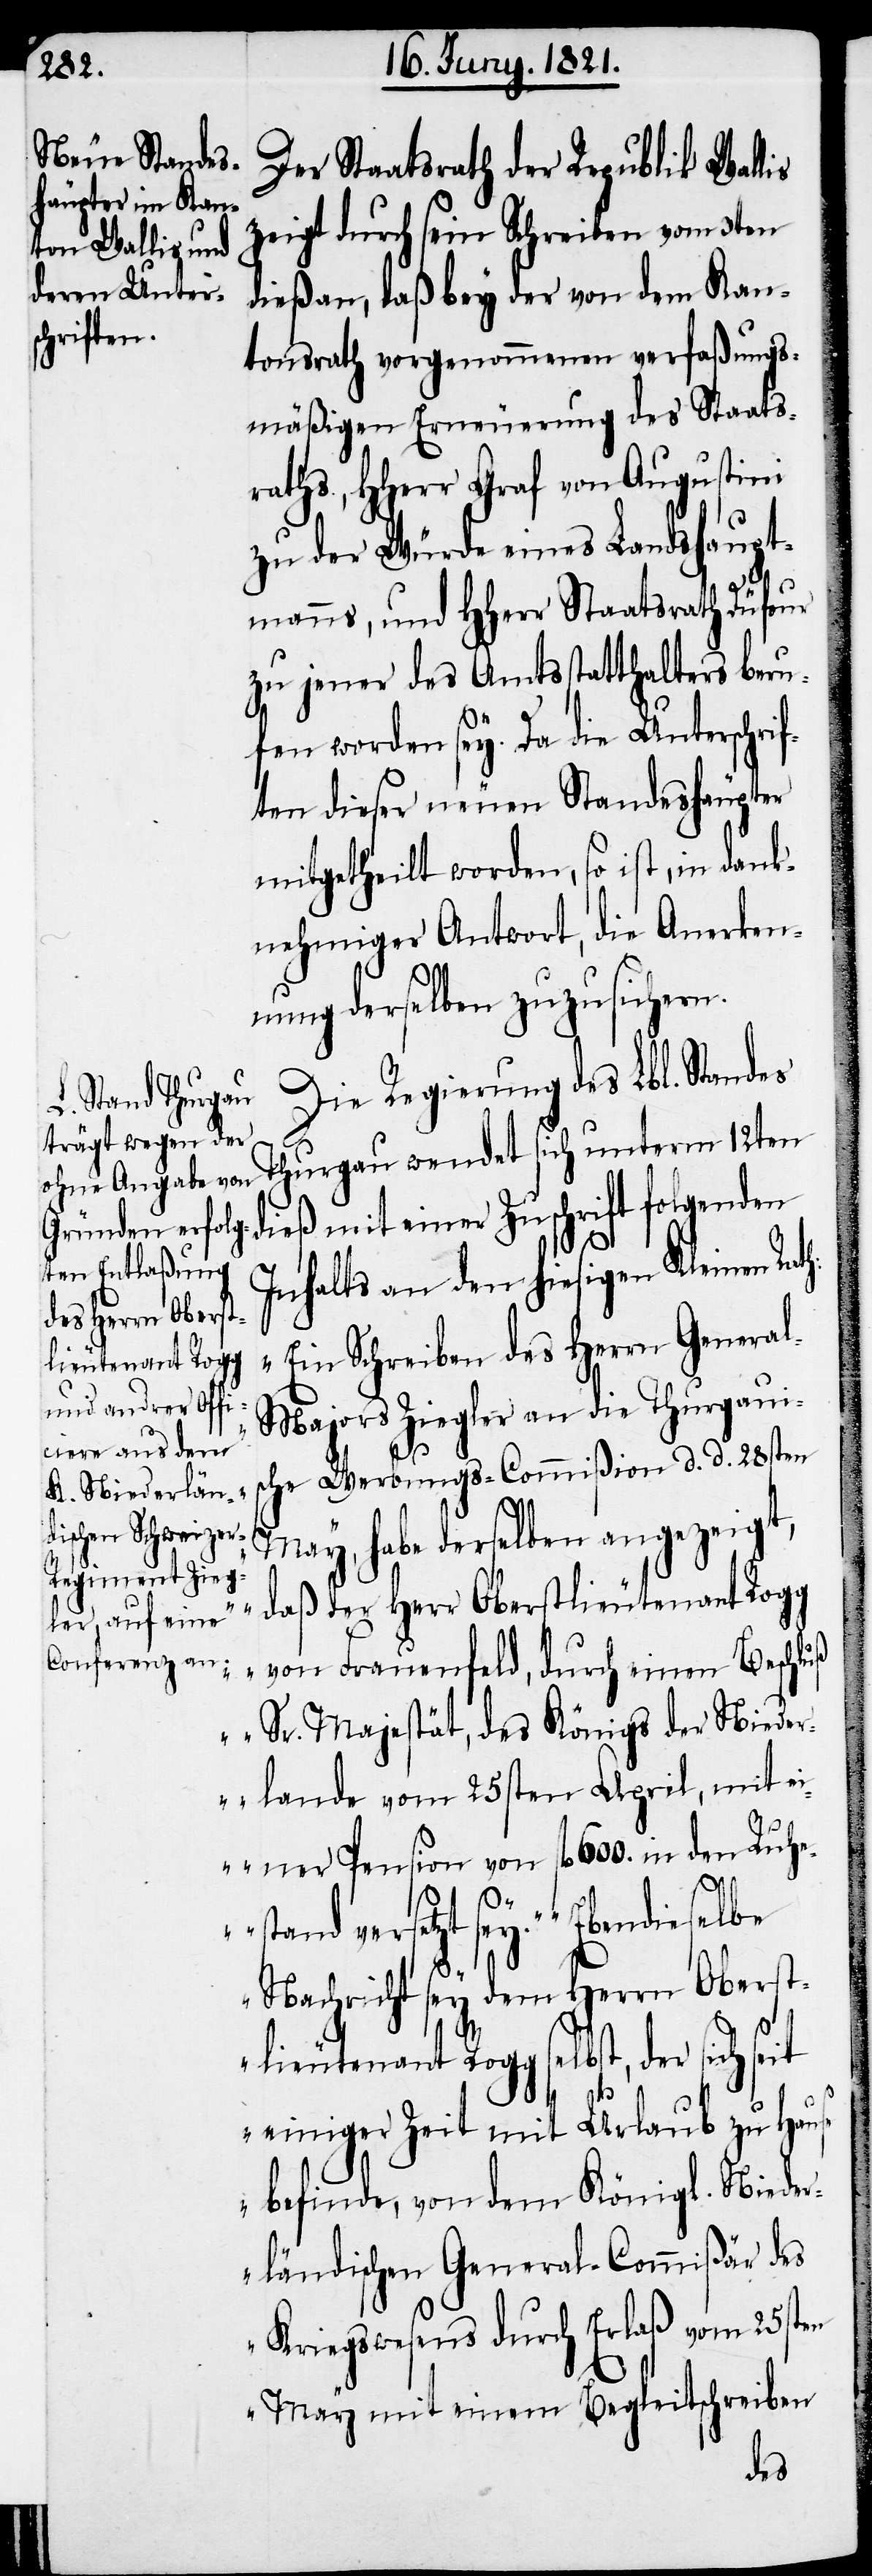
Der Staatsrath der Republik Wallis
zeigt durch sein Schreiben vom 3ten
dieß an, daß bey der von dem Kan¬
tonsrath vorgenommenen verfaßungs¬
mäßigen Erneuerung des Staats¬
raths, HHerr Graf von Augustini
zu der Würde eines Landshaupt¬
manns, und HHerr Staatsrath Düfour
zu jener des Amtsstatthalters beru¬
fen worden sey. Da die Unterschri¬
ften diesen neuen Standeshäupter
mitgetheilt worden, so ist, in dank¬
nehmiger Antwort, die Anerken¬
nung derselben zuzusichern.
Die Regierung des Lbl. Standes
Thurgau wendet sich unterm 12ten
dieß mit einer Zuschrift folgenden
Inhalts an den hiesigen Kleinen Rath:
„Ein Schreiben des Herrn Genera¬
lieutenant Rogg
l-Majors Ziegler an die Thurgaui¬
sche Werbungs-Commißion d. d. 28sten
May, habe derselben angezeigt,
‚daß der Herr Oberstlieutenant Rogg
von Frauenfeld, durch einen Beschluß
Sr. Majestät, des Königs der Niede¬
rlande vom 25sten April, mit ei¬
ner Pension von fl. 600. in den Ruhe¬
stand versetzt sey.‘ Ebendieselbe
Nachricht sey dem Herrn Oberst¬
einiger Zeit mit Urlaub zu Hause
befinde, von dem Königl. Nieder¬
ländischen General-Commißär des
Kriegswesens durch Erlaß vom 25sten
May mit einem Begleitschreiben
der